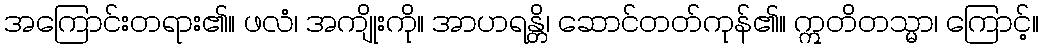
အကြောင်းတရား၏။ ဖလံ၊ အကျိုးကို။ အာဟရန္တိ၊ ဆောင်တတ်ကုန်၏။ ဣတိတသ္မာ၊ ကြောင့်။